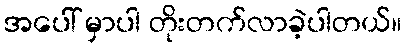
အပေါ် မှာပါ တိုးတက်လာခဲ့ပါတယ်။